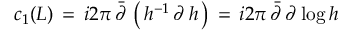
c _ { 1 } ( { \cal L } ) \, = \, \o { i } { 2 \pi } \, { \bar { \partial } } \, \left( \, h ^ { - 1 } \, \partial \, h \, \right) \, = \, \o { i } { 2 \pi } \, { \bar { \partial } } \, \partial \, \mathrm { l o g } \, h